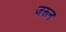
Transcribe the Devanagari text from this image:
जरून